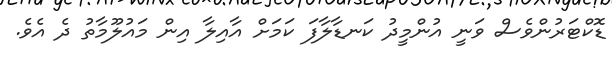
ޑޮކްޓަރުންވެސް ވަނީ އުންމީދު ކަނޑާލާފަ ކަމަށް އާއިލާ އިން މައުލޫމާތު ދެ އެވެ.